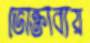
ভোক্তাব্যয়